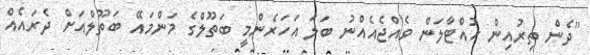
''ދެން ތިރުއިން ހުއްޓާލަން ވެއްޖެއެއްނު ބަލަ އަހަރެންމީ ބަތޫލްގެ މަންމައޭ ބަތޫލްއަށް ދެރައެއް